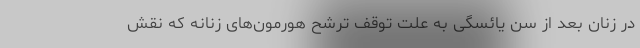
در زنان بعد از سن یائسگی به علت توقف ترشح هورمون‌های زنانه که نقش